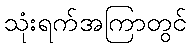
သုံးရက်အကြာတွင်